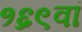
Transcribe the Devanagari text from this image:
१६९वां